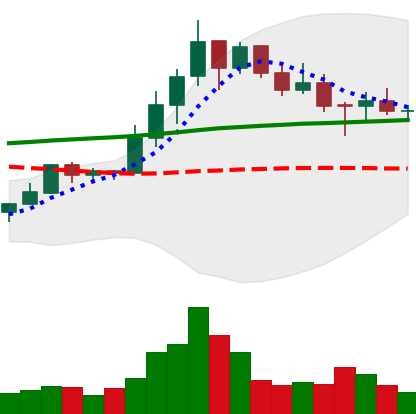
Ticker: LINK-USD
Chart end date: 2019-10-19
Forward return: 16.621%
Label: up_7plus